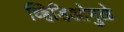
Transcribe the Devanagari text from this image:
व्हिडिओमुळे